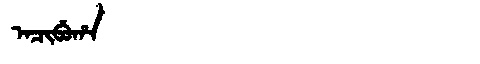
Manchu: ᠠᠴᡳᠪᡠᡥᠠ
Romanization: ACIBUHA